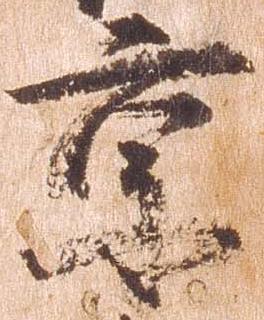
京